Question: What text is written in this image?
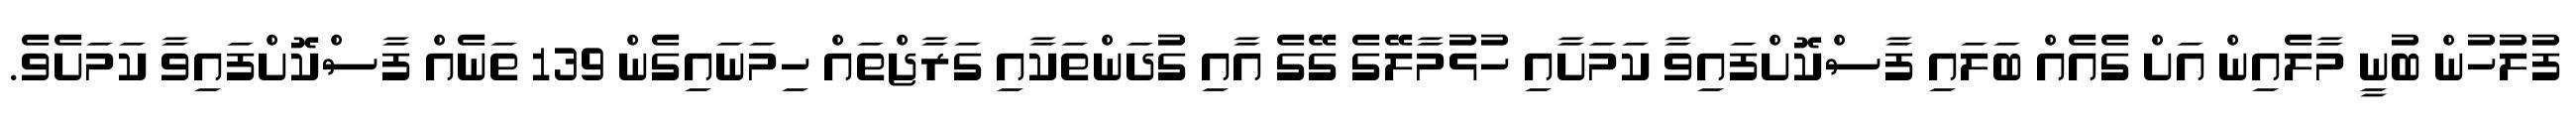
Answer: ފުލުހުން ބުނީ މާލެއިން އަށް ގެއެއް ބަލައި ފާސްކޮށްފައިވާ ކަމަށާއި ހުޅުމާލޭގެ ގޭގެ އާއި ގުދަންތަކާއި ގަރާޖްތައް ހިމަނައިގެން 139 ތަނެއް ފާސްކޮށްފައިވާ ކަމަށެވެ.